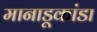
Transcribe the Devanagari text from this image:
मानाडूकांडा